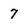
Character: 7